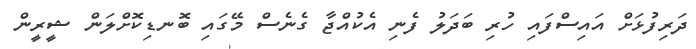
ދަރިފުޅަށް އައިސްފައި ހުރި ބަދަލު ފެނި އެކުއްޖާ ގެނެސް މޭގައި ބޮނޑިކޮށްލަން ޝީރީން